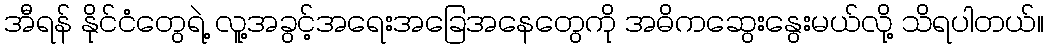
အီရန် နိုင်ငံတွေရဲ့ လူ့အခွင့်အရေးအခြေအနေတွေကို အဓိကဆွေးနွေးမယ်လို့ သိရပါတယ်။